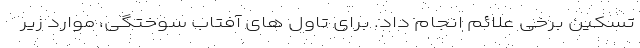
تسکین برخی علائم انجام داد. برای تاول های آفتاب سوختگی، موارد زیر